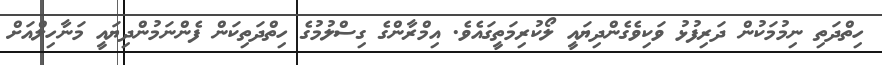
ހިތްދަތި ނިމުމަކުން ދަރިފުޅު ވަކިވެގެންދިޔައީ ލޯކުރިމަތީގައެވެ. އިމްރާންގެ ގިސްލުމުގެ ހިތްދަތިކަން ފެންނަމުންދިޔައީ މަނާހިލްއަށް